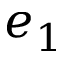
e _ { 1 }